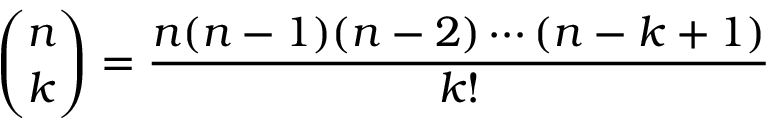
{ \binom { n } { k } } = { \frac { n ( n - 1 ) ( n - 2 ) \cdots ( n - k + 1 ) } { k ! } }